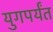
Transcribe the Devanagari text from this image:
युगपर्यंत